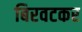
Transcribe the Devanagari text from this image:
बिरवटकर